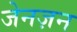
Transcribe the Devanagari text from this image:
जेनज़न